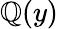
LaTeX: \mathbb{Q}(y)